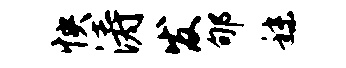
怏涛发郇秣